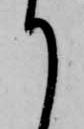
て